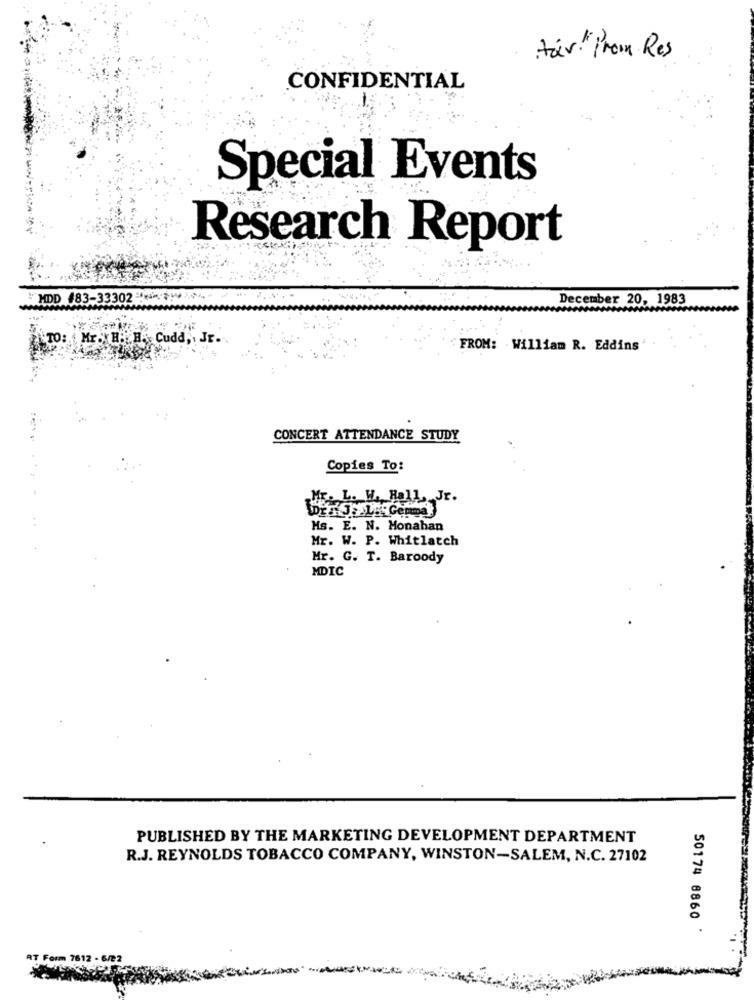
tar "Prom Res
CONFIDENTIAL
Special Events
Research Report
HDD 483-33302
December 20, 1983
TO: Mr. H. H. Cudd, , Jr.
FROM: William R. Eddins
CONCERT ATTENDANCE STUDY
Copies To:
: L. H. Hall, Jr.
DEJLIGemma
Hs. E. N. Monahan
Mr. W. P. Whitlatch
Mr. G. T. Baroody
MDIC
PUBLISHED BY THE MARKETING DEVELOPMENT DEPARTMENT
R.J. REYNOLDS TOBACCO COMPANY, WINSTON-SALEM, N.C. 27102
50174 8860 *
RT Form 7612 - 6/22